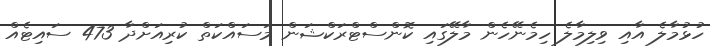
ހުޅުމާލެ އާއި ވިލިމާލެ ހިމެނޭހެން މާލޭގައި ކޮންސްޓްރަކްޝަން މަސައްކަތް ކުރިއަށްދާ 473 ސައިޓެއް